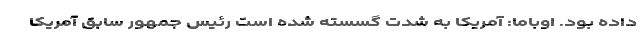
داده بود. اوباما: آمریکا به شدت گسسته شده است رئیس جمهور سابق آمریکا